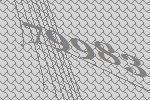
79983